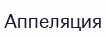
Аппеляция